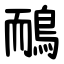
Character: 鴯